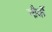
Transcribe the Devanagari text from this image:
नौर्के